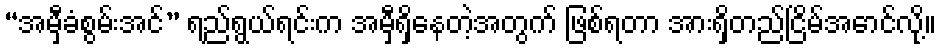
“အမှီခံစွမ်းအင်” ရည်ရွယ်ရင်းက အမှီရှိနေတဲ့အတွက် ဖြစ်ရတာ အားရှိတည်ငြိမ်အောင်လို့။